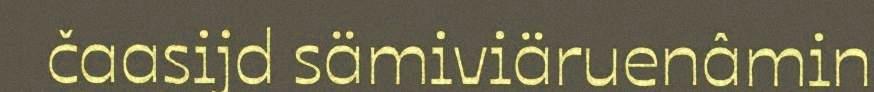
čaasijd sämiviäruenâmin